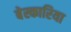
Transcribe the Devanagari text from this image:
बेस्कारिया